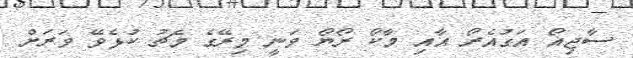
ސާޖިއޯ އަގުއެރޯ އާއި މާކޯ ރޯޔޯ ވަނީ މިރޭގެ މެޗު ކުޅެވޭ ވަރަށް